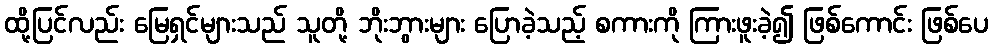
ထို့ပြင်လည်း မြေရှင်များသည် သူတို့ ဘိုးဘွားများ ပြောခဲ့သည့် စကားကို ကြားဖူးခဲ့၍ ဖြစ်ကောင်း ဖြစ်ပေ